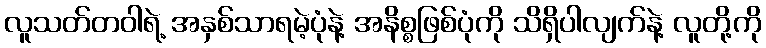
လူသတ်တဝါရဲ့ အနှစ်သာရမဲ့ပုံနဲ့ အနိစ္စဖြစ်ပုံကို သိရှိပါလျက်နဲ့ လူတို့ကို